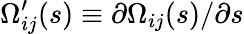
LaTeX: \Omega_{ij}^{\prime}(s)\equiv\partial\Omega_{ij}(s)/\partial s